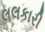
લલકારી